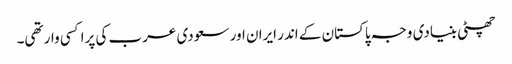
چھٹی بنیادی وجہ پاکستان کے اندر ایران اور سعودی عرب کی پراکسی وار تھی۔